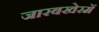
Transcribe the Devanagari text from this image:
जारबखेरमें